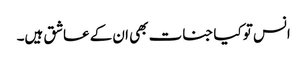
انس تو کیا جنات بھی ان کے عاشق ہیں۔